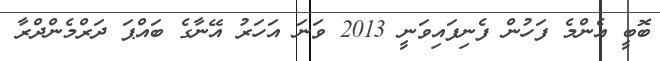
ބޮބީ އެންމެ ފަހުން ފެނިފައިވަނީ 2013 ވަނަ އަހަރު އޭނާގެ ބައްޕަ ދަރްމެންދްރާ